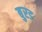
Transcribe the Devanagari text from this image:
बुरड